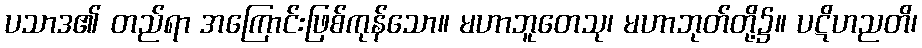
ပသာဒ၏ တည်ရာ အကြောင်းဖြစ်ကုန်သော။ မဟာဘူတေသု၊ မဟာဘုတ်တို့၌။ ပဋိဟညတိ၊